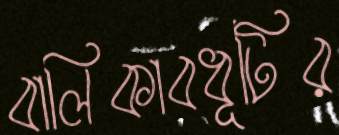
বালিকাবধূটির